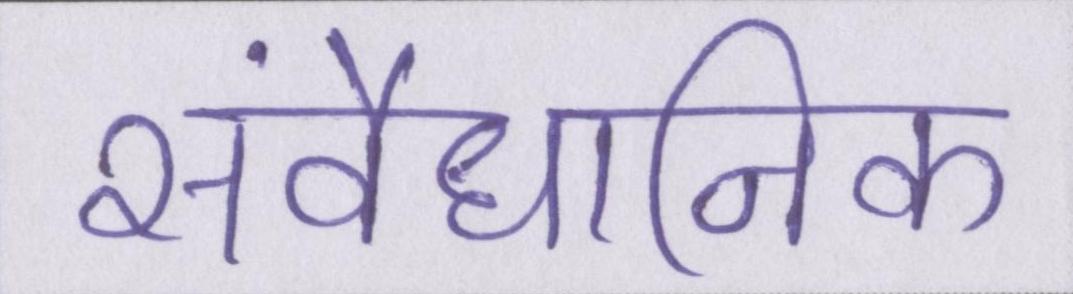
संवैधानिक